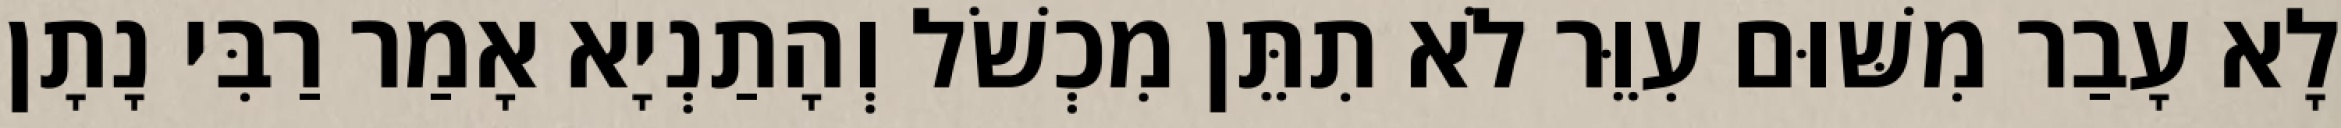
לָא עָבַר מִשּׁוּם עִוֵּר לֹא תִתֵּן מִכְשֹׁל וְהָתַנְיָא אָמַר רַבִּי נָתָן